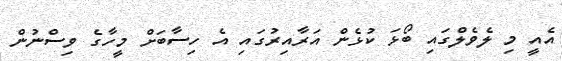
އެއީ މި ލެވެލްގައި ބޯޅަ ކުޅެން އަރާއިރުގައި އެ ހިސާބަށް މީހާގެ ވިސްނުން